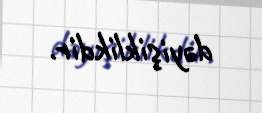
dəyişiklikdir.